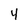
Character: 4